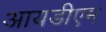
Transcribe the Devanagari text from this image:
आयडीएम